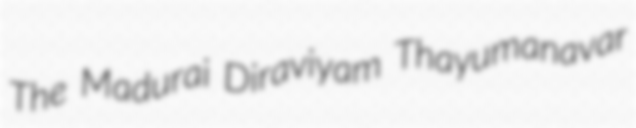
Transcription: The Madurai Diraviyam Thayumanavar